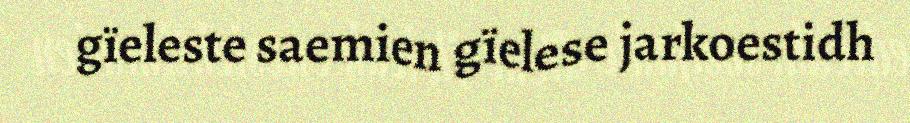
gïeleste saemien gïelese jarkoestidh